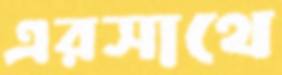
এরসাথে